Report on the cholera epidemic of
Year: 1868
Disease focus: Cholera
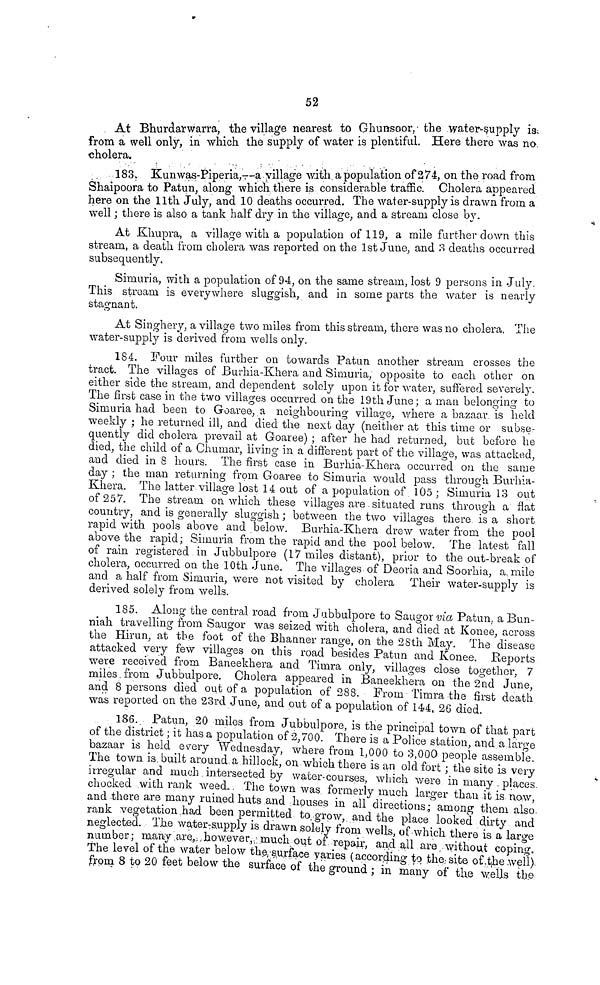
52
At Bhurdarwarra, the village nearest to Ghunsoor the water-supply is
from a well only, in which the supply of water is plentiful Here there was no
cholera.
183, Kunwas-Piperia,--a village with a population of 274, on the road from
Shaipoora to Patun, along which there is considerable traffic. Cholera appeared
here on the 11th July, and 10 deaths occurred. The water-supply is drawn from a
well ; there is also a tank half dry in the village, and a stream close by.
At Khupra, a village with a population of 119, a mile further down this
stream, a death from cholera was reported on the 1st June, and 3 deaths occurred
subsequently,
Simuria, with a population of 94, on the same stream, lost 9 persons in July.
This stream is everywhere sluggish, and in some parts the water is nearly
stagnant.
At Singhery, a village two miles from this stream, there was no cholera. The
water-supply is derived from wells only.
184. Four miles further on towards Patun another stream crosses the
tract. The villages of Burhia-Khera and Simuria, opposite to each other on
either side the stream, and dependent solely upon it for water, suffered severely.
The first case in the two villages occurred on the 19th June; a man belonging to
Simuria had been to Goaree, a neighbouring village, where a bazaar is held
weekly ; he returned ill, and died the next day (neither at this time or subse-
quently did cholera prevail at Goaree) ; after he had returned, but before he
died, the child of a Chumar, living in a different part of the village, was attacked,
and died in 8 hours. The first case in Burhia-Khera occurred on the same
day ; the man returning from Goaree to Simuria would pass through Burhia-
Khera. The latter village lost 14 out of a population of 105 ; Simuria 13 out
of 257. The stream on which these villages are situated runs through a fiat
country, and is generally sluggish ; between the two villages there is a short
rapid with pools above and below. Burhia-Khera drew water from the pool
above the rapid; Simuria from the rapid and the pool below. The latest fall
of rain registered in Jubbulpore (17 miles distant), prior to the out-break of
cholera, occurred on the 10th June. The villages of Deoria and Soorhia, a mile
and a half from Simuria, were not visited by cholera Their water-supply is
derived solely from wells.
185. Along the central road from Jubbulpore to Saugor via Patun, a Bun-
niah travelling from Saugor was seized with cholera, and died at Konee, across
the Hirun, at the foot of the Bhanner range, on the 28th May. The disease
attacked very few villages on this road besides Patun and Konee. Reports
were received from Baneekhera and Timra only, villages close together, 7
miles from Jubbulpore. Cholera appeared in Baneekhera on the 2nd June,
and 8 persons died out of a population of 288. Prom Timra the first death
was reported on the 23rd June, and out of a population of 144, 26 died.
186. Patun, 20 miles from Jubbulpore, is the principal town of that part
of the district ; it has a population of 2,700. There is a Police station, and a large
bazaar is held every Wednesday, where from 1,000 to 3,000 people assemble
The town is. built around a hillock, on which there is an old fort ; the site is very
irregular and much, intersected by water-courses, which were in many places
chocked with rank weed. The town was formerly much larger than it is now
and there are many ruined huts and houses in all directions; among them also
rank vegetation had been permitted to grow, and the place looked dirty and
neglected. The water-supply is drawn solely from wells, of which there is a large
number; many are, however, much out of repair, and all are without coping.
The level of the water below the surface varies (according to the, site, of the well)
from 8 to 20 feet below the surface of the ground ; in many of the wells the